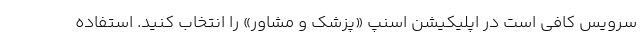
سرویس کافی است در اپلیکیشن اسنپ «پزشک و مشاور» را انتخاب کنید. استفاده